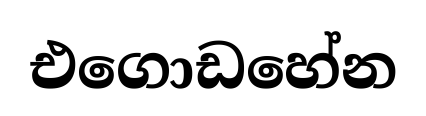
එගොඩහේන